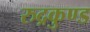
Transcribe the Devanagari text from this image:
रुद्रकुण्ड